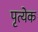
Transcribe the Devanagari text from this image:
पृत्येक